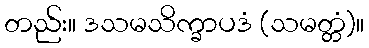
တည်း။ ဒသမသိက္ခာပဒံ (သမတ္တံ)။